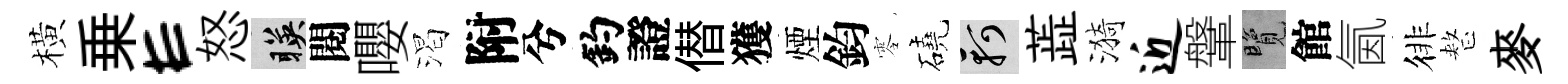
橫乗E怒暎閱嚶渴附兮釣證僣獲煙鈞零磽軻蕋漪近鞶覽館氤徘整麥